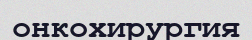
онкохирургия